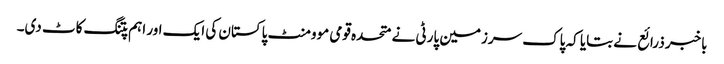
باخبر ذرائع نے بتایا کہ پاک سرزمین پارٹی نے متحدہ قومی موومنٹ پاکستان کی ایک اور اہم پتنگ کاٹ دی۔